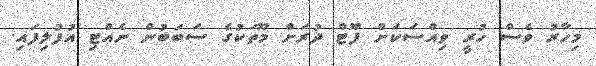
މިހާރު ވެސް ހުރީ ވިއްސަކަށް ފޫޓް ދުރަށް މޫތަކުގެ ސަބަބުން ނެއްޓި އުފުލިފައި.